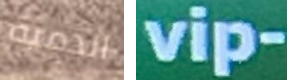
الدمية vip-